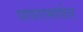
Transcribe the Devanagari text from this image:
वापरामार्फत